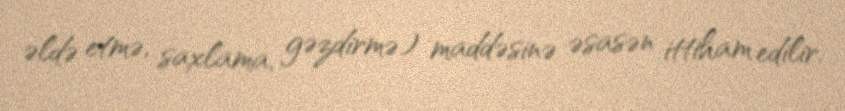
əldə etmə, saxlama, gəzdirmə) maddəsinə əsasən ittiham edilir.